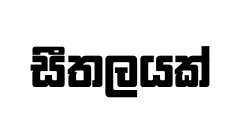
සීතලයක්